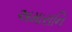
અમારાનિ